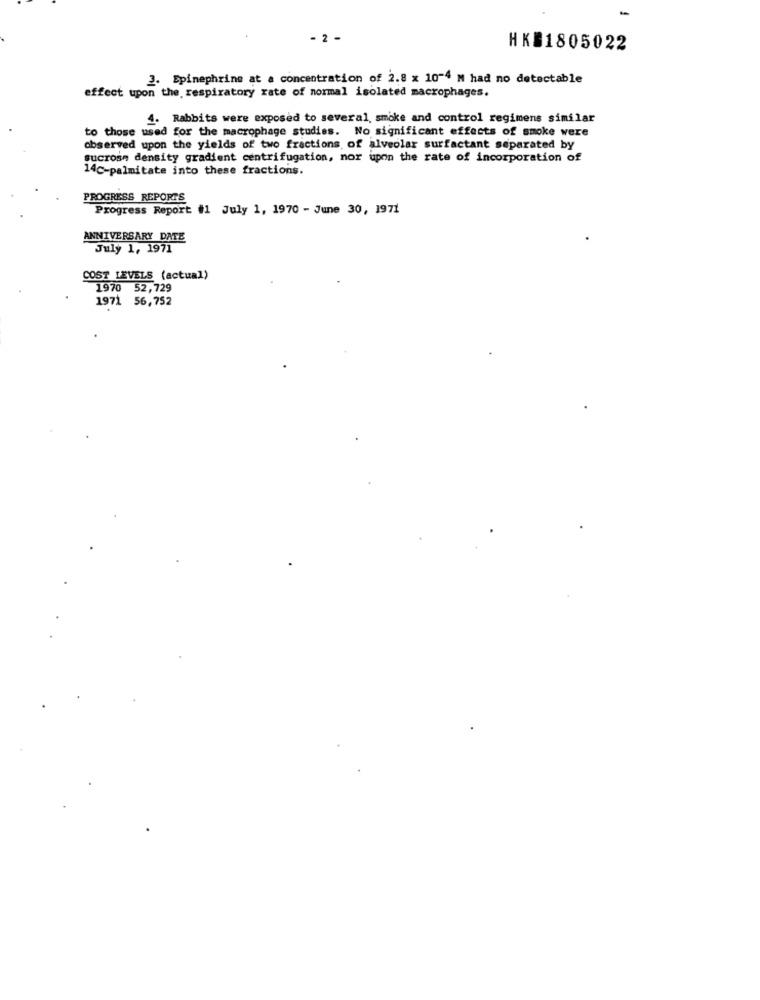
-
- 2 -
HK$1805022
3. Epinephrine at a concentration of 2.8 x 10-4 M had no detectable
effect upon the respiratory rate of normal isolated macrophages.
4. Rabbits were exposed to several, smoke and control regimens similar
to those used for the macrophage studies. No significant effects of smoke were
observed upon the yields of two fractions of alveolar surfactant separated by
sucrose density gradient centrifugation, nor upon the rate of incorporation of
14c-palmitate into these fractions.
OGRESS REPORTS
Progress Report #1 July 1, 1970 - June 30, 1971
ANNIVERSARY DATE
July 1, 1971
COST LEVELS (actual)
1970 52,729
1971 56,752